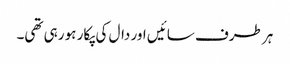
ہر طرف سائیں اور دال کی پکار ہو رہی تھی۔